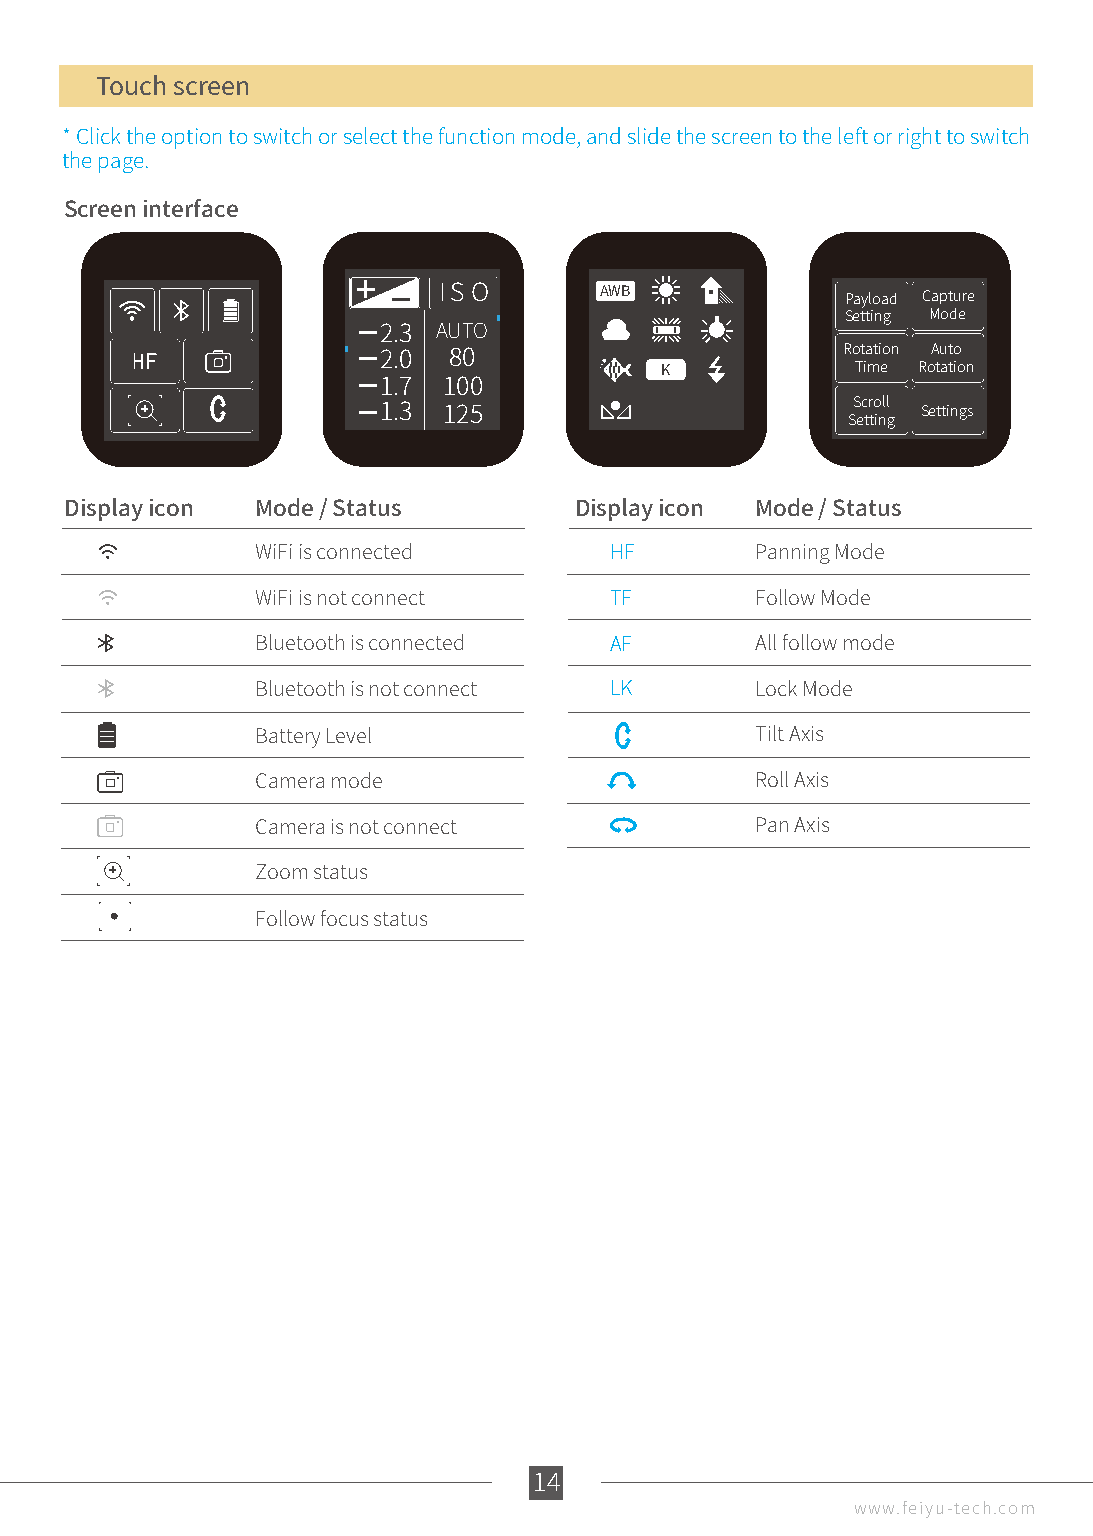
Touch screen
 * Click the option to switch or select the function mode, and slide the screen to the left or right to switch
 the page.
 Screen interface
 I S O      AWB             Payload Capture
 Setting Mode
 2.3 AUTO
 Rotation Auto
 2.0  80            K            Time Rotation
 1.7 100
 Scroll
 1.3 125                        Setting Settings
 Display icon Mode / Status        Display icon Mode / Status
 WiFi is connected      HF        Panning Mode
 WiFi is not connect    TF        Follow Mode
 Bluetooth is connected AF        All follow mode
 Bluetooth is not connect LK      Lock Mode
 Battery Level                    Tilt Axis
 Camera mode                      Roll Axis
 Camera is not connect            Pan Axis
 Zoom status
 Follow focus status
 14
 www.feiyu-tech.com